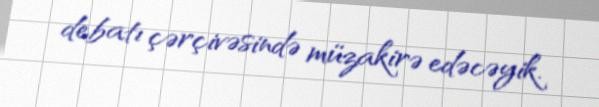
debatı çərçivəsində müzakirə edəcəyik.